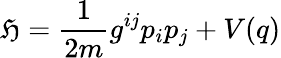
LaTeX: \mathfrak{H}=\frac{{1}}{{2m}}g^{ij}p_{i}p_{j}+V(q)